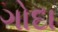
ગોદા